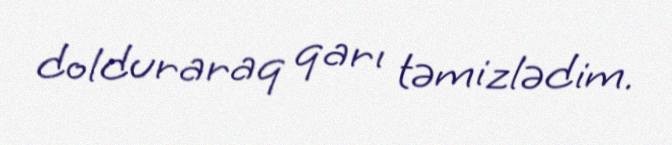
dolduraraq qarı təmizlədim.